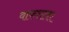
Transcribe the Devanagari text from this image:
वाफशावर